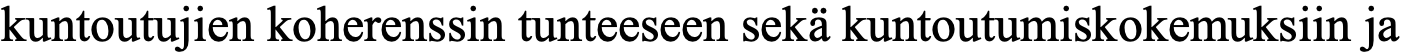
kuntoutujien koherenssin tunteeseen sekä kuntoutumiskokemuksiin ja